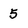
Character: 5